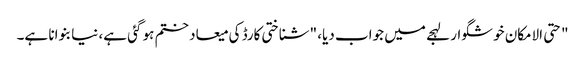
" حتی الامکان خوشگوار لہجے میں جواب دیا، "شناختی کارڈ کی میعاد ختم ہو گئی ہے، نیا بنوانا ہے۔